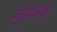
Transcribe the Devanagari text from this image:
मुखपत्रांतून